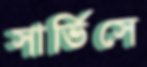
সার্ভিসে